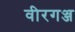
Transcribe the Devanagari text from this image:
वीरगञ्ज